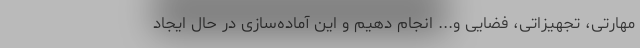
مهارتی، تجهیزاتی، فضایی و... انجام دهیم و این آماده‌سازی در حال ایجاد